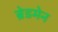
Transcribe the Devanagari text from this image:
ब्रेडमेन